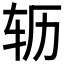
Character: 𫐆